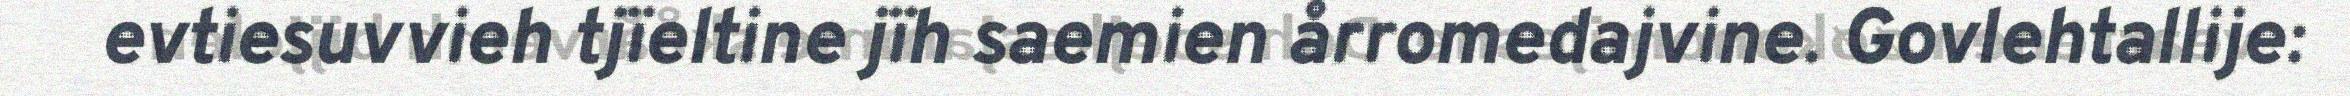
evtiesuvvieh tjïeltine jïh saemien årromedajvine. Govlehtallije: